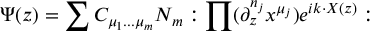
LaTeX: \Psi ( z ) = \sum C _ { \mu _ { 1 } . . . \mu _ { m } } N _ { m } : \prod ( \partial _ { z } ^ { n _ { j } } x ^ { \mu _ { j } } ) e ^ { i k \cdot X ( z ) } :